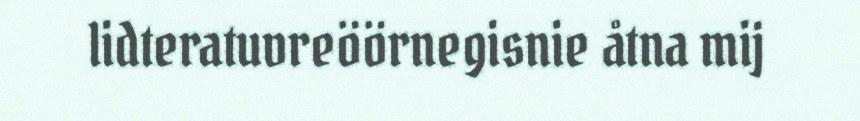
lidteratuvreöörnegisnie åtna mij